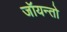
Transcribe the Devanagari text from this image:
जॉयन्तो